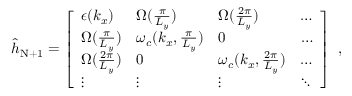
\begin{array} { r } { { \hat { h } } _ { \mathrm { N + 1 } } = \left[ \begin{array} { l l l l } { \epsilon ( k _ { x } ) } & { { \Omega } ( \frac { \pi } { L _ { y } } ) } & { { \Omega } ( \frac { 2 \pi } { L _ { y } } ) } & { \hdots } \\ { { \Omega } ( \frac { \pi } { L _ { y } } ) } & { \omega _ { c } ( { k _ { x } , \frac { \pi } { L _ { y } } } ) } & { 0 } & { \hdots } \\ { { \Omega } ( \frac { 2 \pi } { L _ { y } } ) } & { 0 } & { \omega _ { c } ( { k _ { x } , \frac { 2 \pi } { L _ { y } } } ) } & { \hdots } \\ { \vdots } & { \vdots } & { \vdots } & { \ddots } \end{array} \right] ~ , } \end{array}